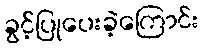
ခွင့်ပြုပေးခဲ့ကြောင်း